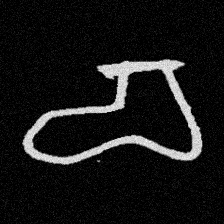
Pyu character \u2014 Myanmar letter: စ (romanized: ca)